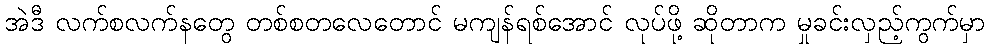
အဲဒီ လက်စလက်နတွေ တစ်စတလေတောင် မကျန်ရစ်အောင် လုပ်ဖို့ ဆိုတာက မှုခင်းလှည့်ကွက်မှာ